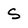
Character: S